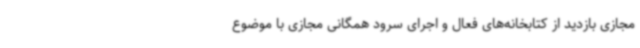
مجازی بازدید از کتابخانه‌های فعال و اجرای سرود همگانی مجازی با موضوع